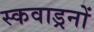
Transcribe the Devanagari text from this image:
स्कवाड्रनों